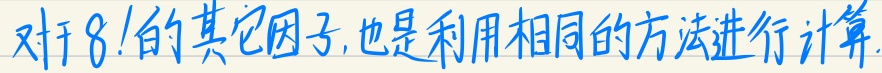
对于 \(8!\) 的其它因子, 也是利用相同的方法进行计算.